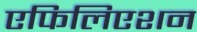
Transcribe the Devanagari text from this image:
एफिलिएशन